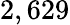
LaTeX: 2,629